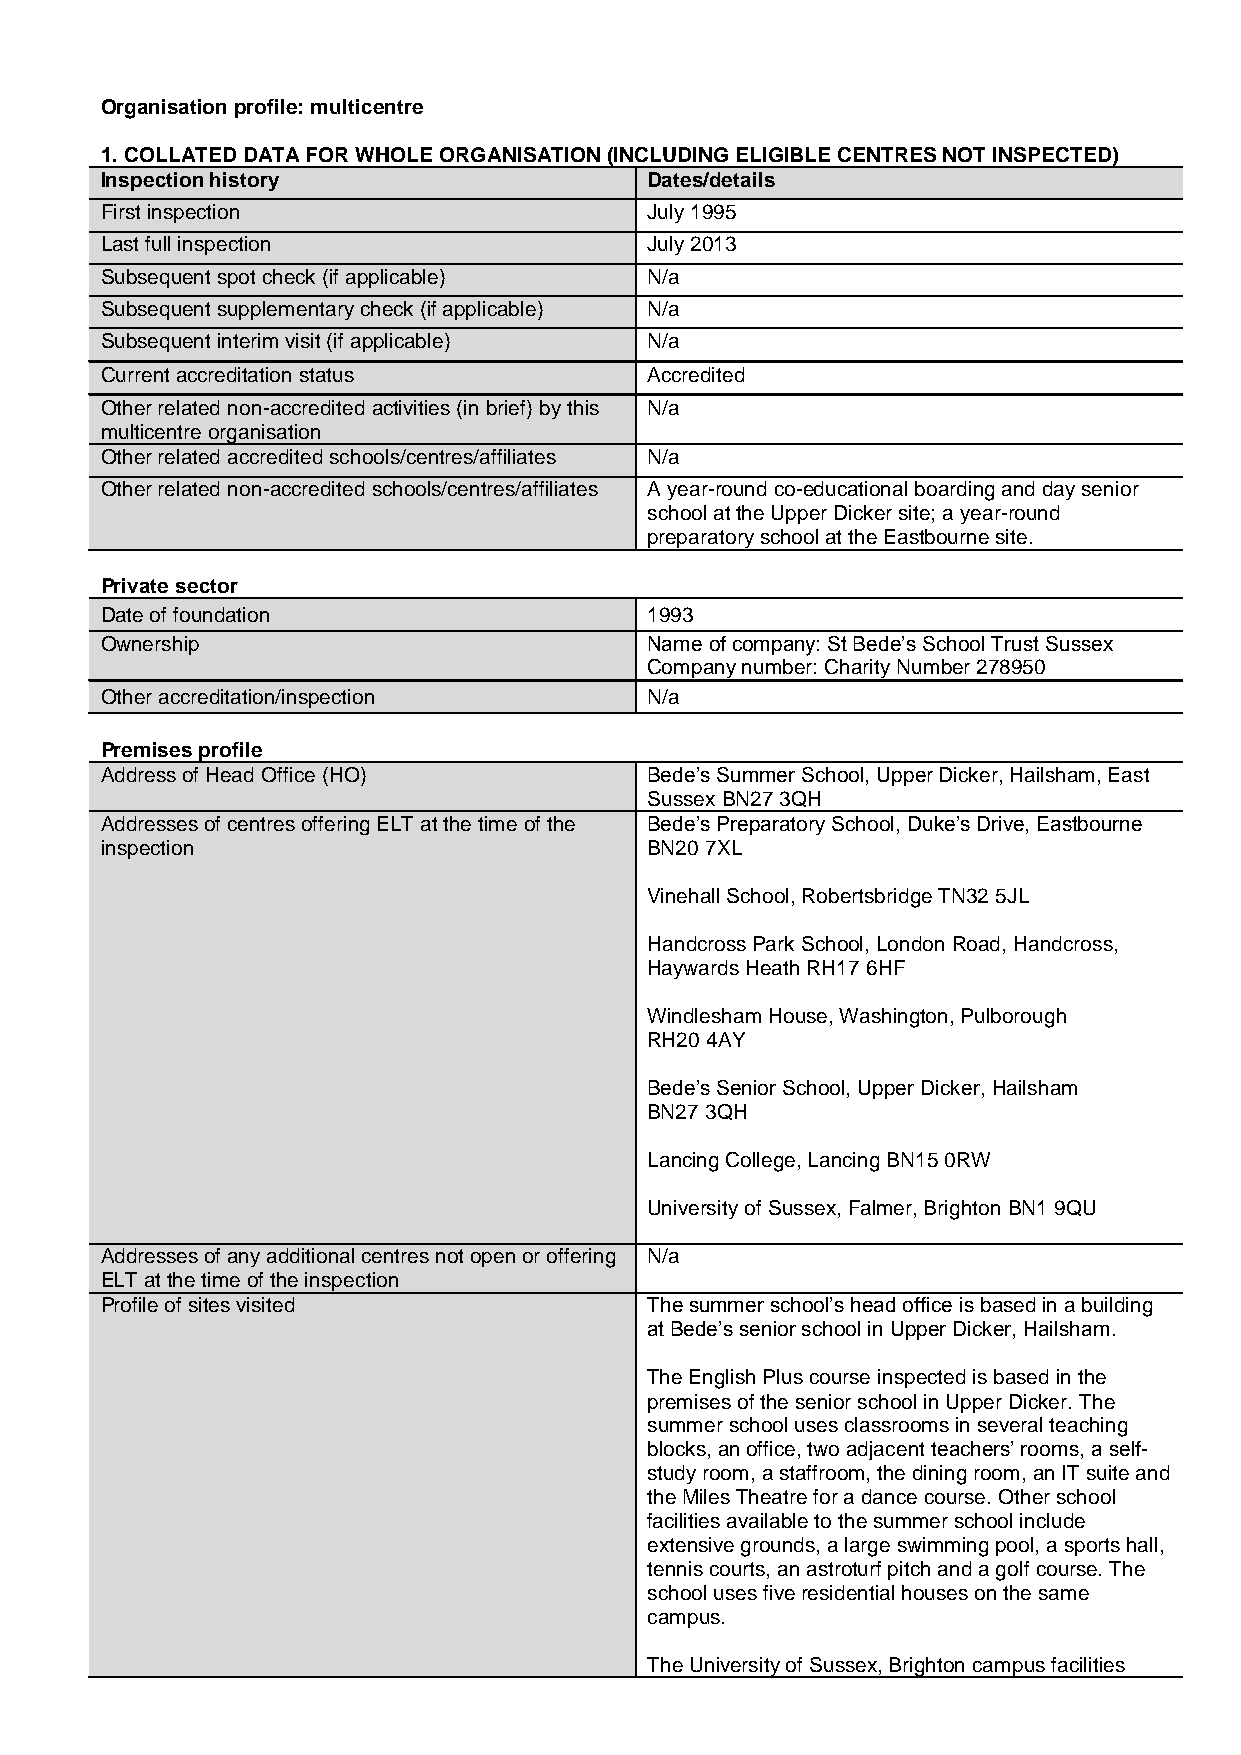
Organisation profile: multicentre
 1. COLLATED DATA FOR WHOLE ORGANISATION (INCLUDING ELIGIBLE CENTRES NOT INSPECTED)
 Inspection history                  Dates/details
 First inspection                    July 1995
 Last full inspection                July 2013
 Subsequent spot check (if applicable) N/a
 Subsequent supplementary check (if applicable) N/a
 Subsequent interim visit (if applicable) N/a
 Current accreditation status        Accredited
 Other related non-accredited activities (in brief) by this N/a
 multicentre organisation
 Other related accredited schools/centres/affiliates N/a
 Other related non-accredited schools/centres/affiliates A year-round co-educational boarding and day senior
 school at the Upper Dicker site; a year-round
 preparatory school at the Eastbourne site.
 Private sector
 Date of foundation                  1993
 Ownership                           Name of company: St Bede’s School Trust Sussex
 Company number: Charity Number 278950
 Other accreditation/inspection      N/a
 Premises profile
 Address of Head Office (HO)         Bede’s Summer School, Upper Dicker, Hailsham, East
 Sussex BN27 3QH
 Addresses of centres offering ELT at the time of the Bede’s Preparatory School, Duke’s Drive, Eastbourne
 inspection                          BN20 7XL
 Vinehall School, Robertsbridge TN32 5JL
 Handcross Park School, London Road, Handcross,
 Haywards Heath RH17 6HF
 Windlesham House, Washington, Pulborough
 RH20 4AY
 Bede’s Senior School, Upper Dicker, Hailsham
 BN27 3QH
 Lancing College, Lancing BN15 0RW
 University of Sussex, Falmer, Brighton BN1 9QU
 Addresses of any additional centres not open or offering N/a
 ELT at the time of the inspection
 Profile of sites visited            The summer school’s head office is based in a building
 at Bede’s senior school in Upper Dicker, Hailsham.
 The English Plus course inspected is based in the
 premises of the senior school in Upper Dicker. The
 summer school uses classrooms in several teaching
 blocks, an office, two adjacent teachers’ rooms, a self-
 study room, a staffroom, the dining room, an IT suite and
 the Miles Theatre for a dance course. Other school
 facilities available to the summer school include
 extensive grounds, a large swimming pool, a sports hall,
 tennis courts, an astroturf pitch and a golf course. The
 school uses five residential houses on the same
 campus.
 The University of Sussex, Brighton campus facilities